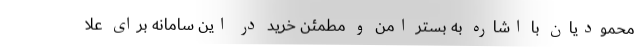
محمودیان با اشاره به بستر امن و مطمئن خرید در این سامانه برای علا